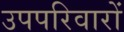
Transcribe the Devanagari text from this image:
उपपरिवारों